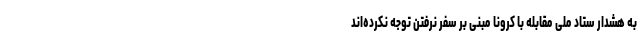
به هشدار ستاد ملی مقابله با کرونا مبنی بر سفر نرفتن توجه نکرده‌اند